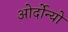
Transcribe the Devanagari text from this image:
ओर्दोन्यो